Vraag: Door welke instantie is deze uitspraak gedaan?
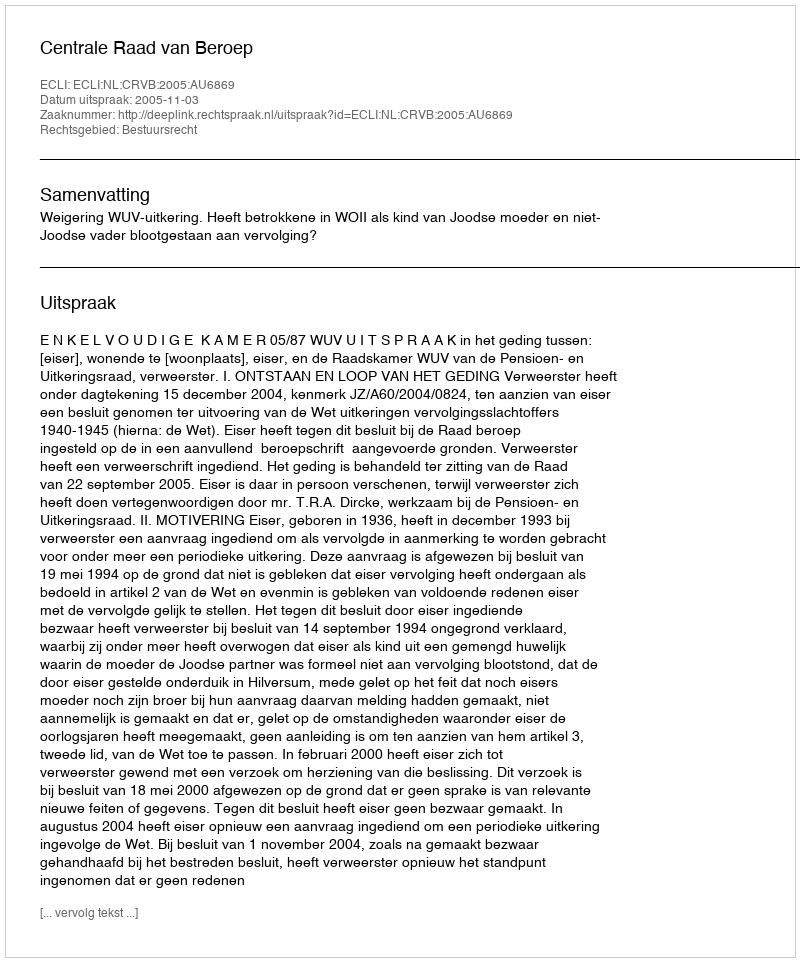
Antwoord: Centrale Raad van Beroep